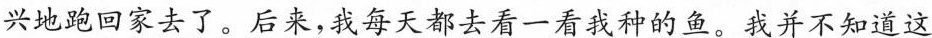
兴地跑回家去了。 后来，我每天都去看一看我种的鱼。 我并不知道这